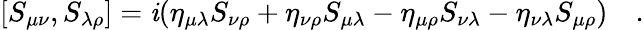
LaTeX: [S_{\mu\nu},S_{\lambda\rho}]=\mathit{i}(\eta_{\mu\lambda}S_{\nu\rho}+\eta_{\nu\rho}S_{\mu\lambda}-\eta_{\mu\rho}S_{\nu\lambda}-\eta_{\nu\lambda}S_{\mu\rho})~~~~.